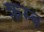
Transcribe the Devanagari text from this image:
क्रम्ब